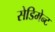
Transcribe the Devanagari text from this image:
सेडिमेन्ट